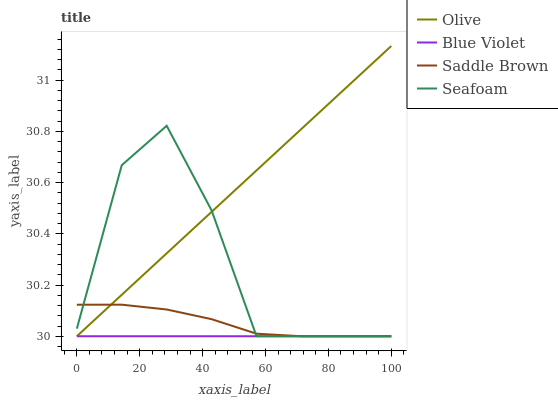
| xaxis_label | Olive | Blue Violet | Saddle Brown | Seafoam |
 | --- | --- | --- | --- | --- |
 | 0 | 30 | 30 | 30.1 | 30 |
 | 14.3 | 30.2 | 30 | 30.1 | 30.7 |
 | 28.6 | 30.3 | 30 | 30.1 | 30.8 |
 | 42.9 | 30.5 | 30 | 30.1 | 30.5 |
 | 57.1 | 30.6 | 30 | 30 | 30 |
 | 71.4 | 30.8 | 30 | 30 | 30 |
 | 85.7 | 31 | 30 | 30 | 30 |
 | 100 | 31.1 | 30 | 30 | 30 |